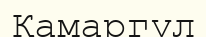
Қамаргүл